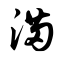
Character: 满